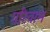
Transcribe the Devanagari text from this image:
परिवाम